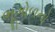
ભૂગોળનો